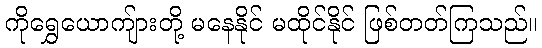
ကိုရွှေယောကျ်ားတို့ မနေနိုင် မထိုင်နိုင် ဖြစ်တတ်ကြသည်။